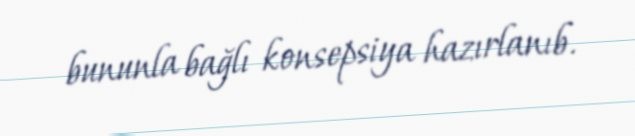
bununla bağlı konsepsiya hazırlanıb.